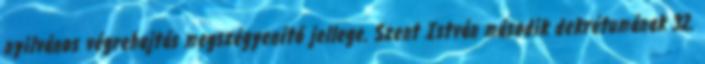
nyilvános végrehajtás megszégyenítő jellege. Szent István második dekrétumának 32.